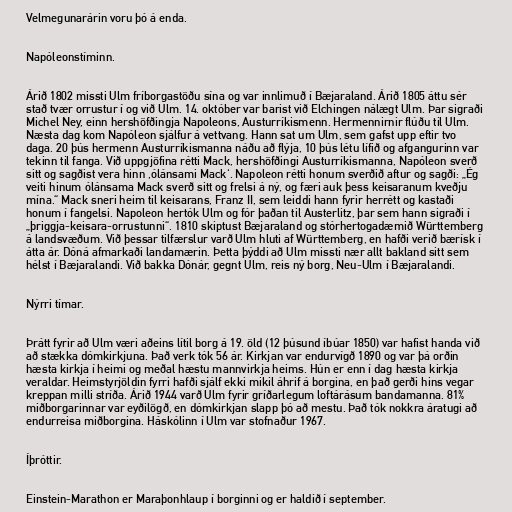
Velmegunarárin voru þó á enda.

Napóleonstíminn.

Árið 1802 missti Ulm fríborgastöðu sína og var innlimuð í Bæjaraland. Árið 1805 áttu sér
stað tvær orrustur í og við Ulm. 14. október var barist við Elchingen nálægt Ulm. Þar sigraði
Michel Ney, einn hershöfðingja Napoleons, Austurríkismenn. Hermennirnir flúðu til Ulm.
Næsta dag kom Napóleon sjálfur á vettvang. Hann sat um Ulm, sem gafst upp eftir tvo
daga. 20 þús hermenn Austurríkismanna náðu að flýja, 10 þús létu lífið og afgangurinn var
tekinn til fanga. Við uppgjöfina rétti Mack, hershöfðingi Austurríkismanna, Napóleon sverð
sitt og sagðist vera hinn ‚ólánsami Mack‘. Napoleon rétti honum sverðið aftur og sagði: „Ég
veiti hinum ólánsama Mack sverð sitt og frelsi á ný, og færi auk þess keisaranum kveðju
mína.“ Mack sneri heim til keisarans, Franz II, sem leiddi hann fyrir herrétt og kastaði
honum í fangelsi. Napoleon hertók Ulm og fór þaðan til Austerlitz, þar sem hann sigraði í
„þriggja-keisara-orrustunni“. 1810 skiptust Bæjaraland og stórhertogadæmið Württemberg
á landsvæðum. Við þessar tilfærslur varð Ulm hluti af Württemberg, en hafði verið bærísk í
átta ár. Dóná afmarkaði landamærin. Þetta þýddi að Ulm missti nær allt bakland sitt sem
hélst í Bæjaralandi. Við bakka Dónár, gegnt Ulm, reis ný borg, Neu-Ulm í Bæjaralandi.

Nýrri tímar.

Þrátt fyrir að Ulm væri aðeins lítil borg á 19. öld (12 þúsund íbúar 1850) var hafist handa við
að stækka dómkirkjuna. Það verk tók 56 ár. Kirkjan var endurvígð 1890 og var þá orðin
hæsta kirkja í heimi og meðal hæstu mannvirkja heims. Hún er enn í dag hæsta kirkja
veraldar. Heimstyrjöldin fyrri hafði sjálf ekki mikil áhrif á borgina, en það gerði hins vegar
kreppan milli stríða. Árið 1944 varð Ulm fyrir gríðarlegum loftárásum bandamanna. 81%
miðborgarinnar var eyðilögð, en dómkirkjan slapp þó að mestu. Það tók nokkra áratugi að
endurreisa miðborgina. Háskólinn í Ulm var stofnaður 1967.

Íþróttir.

Einstein-Marathon er Maraþonhlaup í borginni og er haldið í september.